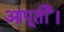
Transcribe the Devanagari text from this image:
आपूर्ती।